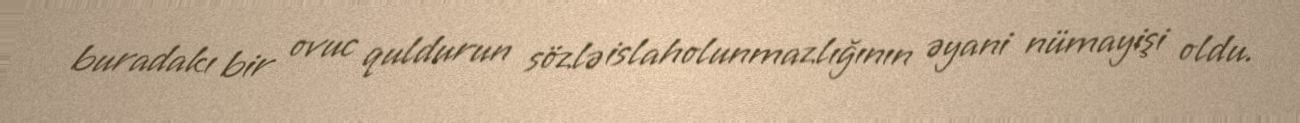
buradakı bir ovuc quldurun sözlə islaholunmazlığının əyani nümayişi oldu.